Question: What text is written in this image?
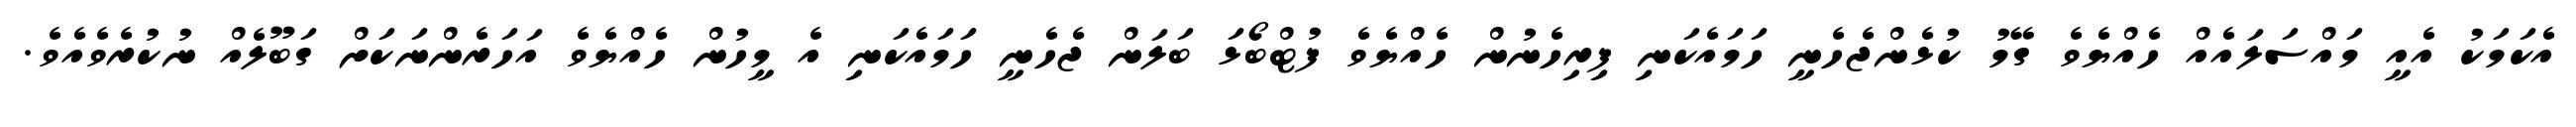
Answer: އެކަމަކު އެއީ މައްސަލައެއް ހެއްޔެވެ ގޭމު ކުޅެންޖެހެނީ ހަމައެކަނި ފިރިހެނުން ހެއްޔެވެ ފުޓްބޯޅަ ބަލަން ޖެހެނީ ހަމައެކަނި އެ މީހުން ހެއްޔެވެ އަހަރެންނަކަށް ގަބޫލެއް ނުކުރެވެއެވެ.